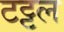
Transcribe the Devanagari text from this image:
टट्टल